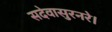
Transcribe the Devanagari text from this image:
सदेवासुरनरे।